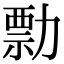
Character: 勡